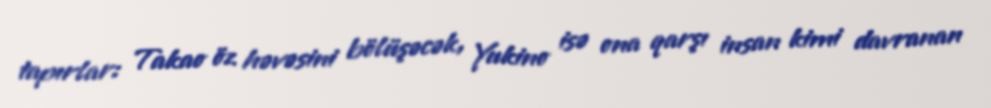
tapırlar: Takao öz həvəsini bölüşəcək, Yukino isə ona qarşı insan kimi davranan